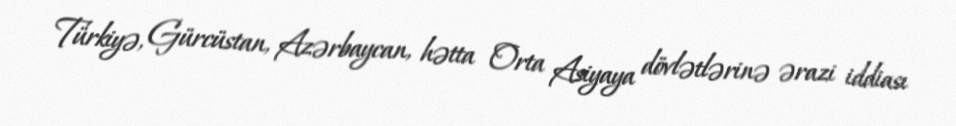
Türkiyə, Gürcüstan, Azərbaycan, hətta Orta Asiyaya dövlətlərinə ərazi iddiası